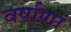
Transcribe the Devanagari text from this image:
वर्षाणां